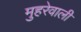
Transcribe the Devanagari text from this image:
मुहरेवाली